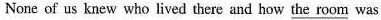
None of us knew who lived there and how \underline{the room} was